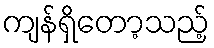
ကျန်ရှိတော့သည့်